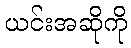
ယင်းအဆိုကို